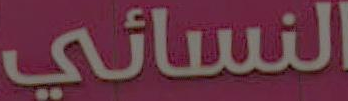
النسائي